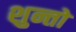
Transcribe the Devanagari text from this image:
शुन्तो